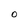
Character: O